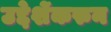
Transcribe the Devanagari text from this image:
उद्देशेंकरुन